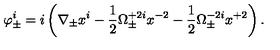
\varphi _ { \pm } ^ { i } = i \left( \nabla _ { \pm } x ^ { i } - \frac 1 2 \Omega _ { \pm } ^ { + 2 i } x ^ { - 2 } - \frac 1 2 \Omega _ { \pm } ^ { - 2 i } x ^ { + 2 } \right) .